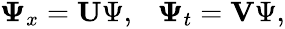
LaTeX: \begin{array}{r}{\mathbf{\Psi}_{x}=\textbf{U}\Psi,~~~\mathbf{\Psi}_{t}=\textbf{V}\Psi,}\end{array}